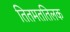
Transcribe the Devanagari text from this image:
तितमततिलक